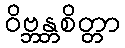
ဝိဗ္ဘန္တစိတ္တာ